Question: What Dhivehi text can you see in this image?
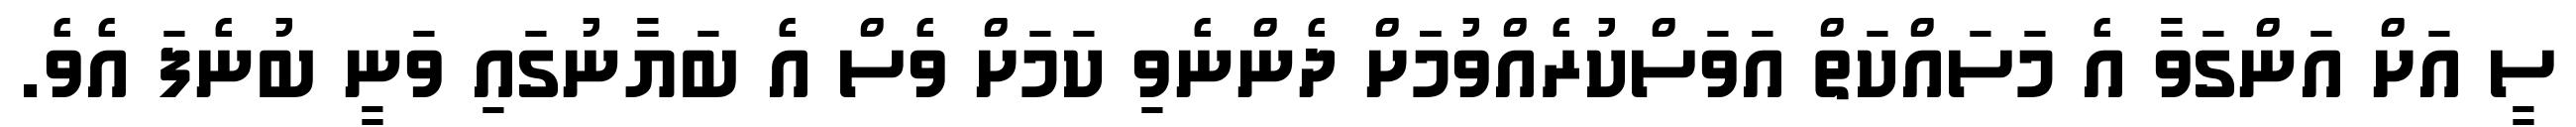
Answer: ސީ އަށް އަންގަވާ އެ މަސައްކަތް އަވަސްކުރެއްވުމަަށް ދެންނެވި ކަމަށް ވެސް އެ ބަޔާނުގައި ވަނީ ބުނެފަ އެވެ.